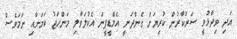
އަދި ވިދާޅުވީ ސަރުކާރުން ކުރިޔަށް ގެންދަނީ އެމްޑީޕީން އެކުލަވާލި މަންހަޖު ކަމަށާއި ނަމަވެސް